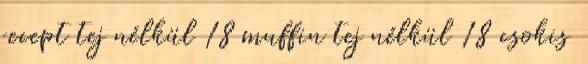
recept tej nélkül 18 muffin tej nélkül 18 csokis